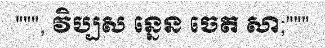
""", វិប្បស ន្នេន ចេត សា;"""